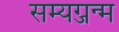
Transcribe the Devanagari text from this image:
सम्यग्जन्म